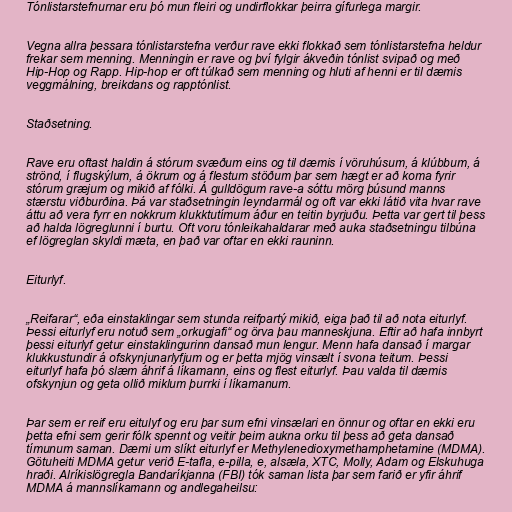
Tónlistarstefnurnar eru þó mun fleiri og undirflokkar þeirra gífurlega margir.

Vegna allra þessara tónlistarstefna verður rave ekki flokkað sem tónlistarstefna heldur
frekar sem menning. Menningin er rave og því fylgir ákveðin tónlist svipað og með
Hip-Hop og Rapp. Hip-hop er oft túlkað sem menning og hluti af henni er til dæmis
veggmálning, breikdans og rapptónlist.

Staðsetning.

Rave eru oftast haldin á stórum svæðum eins og til dæmis í vöruhúsum, á klúbbum, á
strönd, í flugskýlum, á ökrum og á flestum stöðum þar sem hægt er að koma fyrir
stórum græjum og mikið af fólki. Á gulldögum rave-a sóttu mörg þúsund manns
stærstu viðburðina. Þá var staðsetningin leyndarmál og oft var ekki látið vita hvar rave
áttu að vera fyrr en nokkrum klukktutímum áður en teitin byrjuðu. Þetta var gert til þess
að halda lögreglunni í burtu. Oft voru tónleikahaldarar með auka staðsetningu tilbúna
ef lögreglan skyldi mæta, en það var oftar en ekki rauninn.

Eiturlyf.

„Reifarar“, eða einstaklingar sem stunda reifpartý mikið, eiga það til að nota eiturlyf.
Þessi eiturlyf eru notuð sem „orkugjafi“ og örva þau manneskjuna. Eftir að hafa innbyrt
þessi eiturlyf getur einstaklingurinn dansað mun lengur. Menn hafa dansað í margar
klukkustundir á ofskynjunarlyfjum og er þetta mjög vinsælt í svona teitum. Þessi
eiturlyf hafa þó slæm áhrif á líkamann, eins og flest eiturlyf. Þau valda til dæmis
ofskynjun og geta ollið miklum þurrki í líkamanum.

Þar sem er reif eru eitulyf og eru þar sum efni vinsælari en önnur og oftar en ekki eru
þetta efni sem gerir fólk spennt og veitir þeim aukna orku til þess að geta dansað
tímunum saman. Dæmi um slíkt eiturlyf er Methylenedioxymethamphetamine (MDMA).
Götuheiti MDMA getur verið E-tafla, e-pilla, e, alsæla, XTC, Molly, Adam og Elskuhuga
hraði. Alríkislögregla Bandaríkjanna (FBI) tók saman lista þar sem farið er yfir áhrif
MDMA á mannslíkamann og andlegaheilsu: